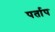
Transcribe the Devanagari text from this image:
पर्ताप